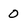
Character: 0